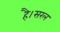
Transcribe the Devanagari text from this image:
है।सरल